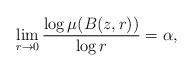
LaTeX: \begin{align*}\lim_{r\to0} \frac{\log\mu(B(z,r))}{\log r}=\alpha,\end{align*}